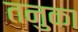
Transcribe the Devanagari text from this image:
तनुका